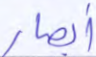
أبصار